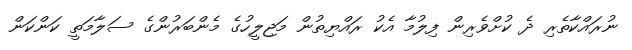
ނުރައްކާތެރި ދެ ކުށްވެރިން ފިލުމާ އެކު ރައްޔިތުން މަޖިލީހުގެ މެންބަރުންގެ ސަލާމަތީ ކަންކަން